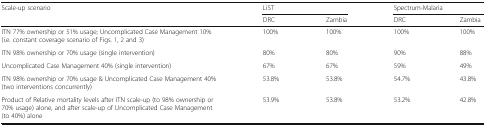
<table><thead><tr><td rowspan="2"><b>Scale-up scenario</b></td><td colspan="2"><b>LiST</b></td><td colspan="2"><b>Spectrum-Malaria</b></td></tr><tr><td><b>DRC</b></td><td><b>Zambia</b></td><td><b>DRC</b></td><td><b>Zambia</b></td></tr></thead><tbody><tr><td>ITN 77% ownership or 51% usage; Uncomplicated Case Management 10% (i.e. constant coverage scenario of Figs. 1, 2 and 3)</td><td>100%</td><td>100%</td><td>100%</td><td>100%</td></tr><tr><td>ITN 98% ownership or 70% usage (single intervention)</td><td>80%</td><td>80%</td><td>90%</td><td>88%</td></tr><tr><td>Uncomplicated Case Management 40% (single intervention)</td><td>67%</td><td>67%</td><td>59%</td><td>49%</td></tr><tr><td>ITN 98% ownership or 70% usage &amp; Uncomplicated Case Management 40% (two interventions concurrently)</td><td>53.8%</td><td>53.8%</td><td>54.7%</td><td>43.8%</td></tr><tr><td>Product of Relative mortality levels after ITN scale-up (to 98% ownership or 70% usage) alone, and after scale-up of Uncomplicated Case Management (to 40%) alone</td><td>53.9%</td><td>53.8%</td><td>53.2%</td><td>42.8%</td></tr></tbody></table>